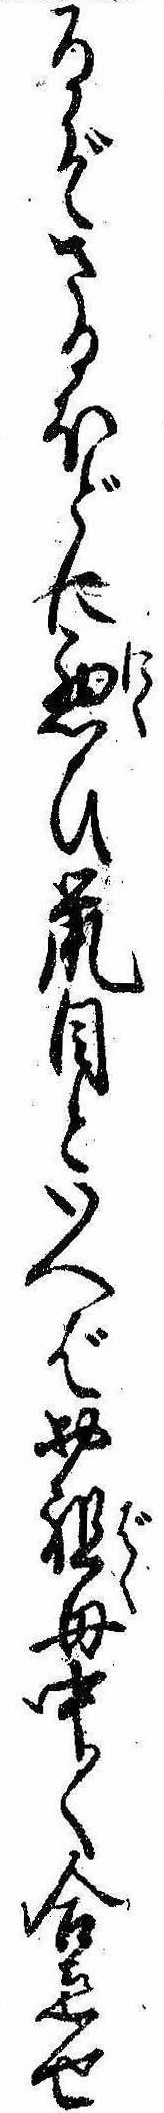
るぞさるほどに悪ひ鼠目といへばお祖母中〱合点せ